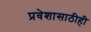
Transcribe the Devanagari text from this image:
प्रवेशासाठीही